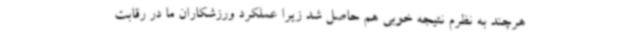
هرچند به نظرم نتیجه خوبی هم حاصل شد زیرا عملکرد ورزشکاران ما در رقابت